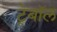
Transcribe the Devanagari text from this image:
ट्रेबॉल